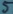
Text: 5